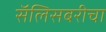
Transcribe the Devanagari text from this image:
सॅलिसबरीचा